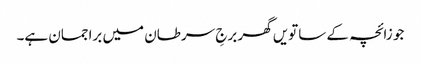
جو زائچہ کے ساتویں گھر برجِ سرطان میں براجمان ہے۔